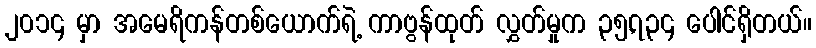
၂၀၁၄ မှာ အမေရိကန်တစ်ယောက်ရဲ့ ကာဗွန်ထုတ် လွှတ်မှုက ၃၅,၇၃၄ ပေါင်ရှိတယ်။